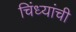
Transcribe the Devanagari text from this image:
चिंध्यांची